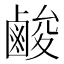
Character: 𮭬